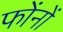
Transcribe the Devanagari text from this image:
फोंनों